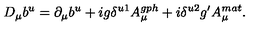
D _ { \mu } b ^ { u } = \partial _ { \mu } b ^ { u } + i g \delta ^ { u 1 } A _ { \mu } ^ { g p h } + i \delta ^ { u 2 } g ^ { \prime } A _ { \mu } ^ { m a t } .